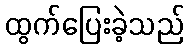
ထွက်ပြေးခဲ့သည်